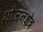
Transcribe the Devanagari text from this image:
भोजनक्षेत्र